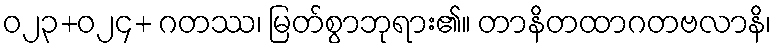
ဝ၂၃+၀၂၄+ ဂတဿ၊ မြတ်စွာဘုရား၏။ တာနိတထာဂတဗလာနိ၊